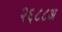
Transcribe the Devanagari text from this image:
२६८८अ